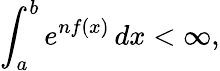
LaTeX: \int_{a}^{b}e^{nf(x)}\, dx<\infty,